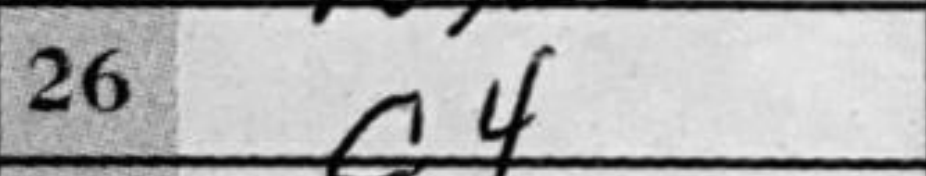
Transcription: c4